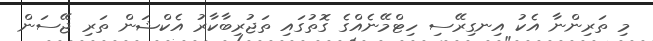
މި ތަރިންނާ އެކު އިނގިރޭސި ހިޓްމޭނެއްގެ ގޮތުގައި ތަޖުރިބާކާރު އެކްޝަން ތަރި ޖޭސަން